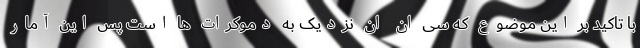
با تاکید بر این موضوع که سی ان ان نزدیک به دموکرات ها است پس این آمار